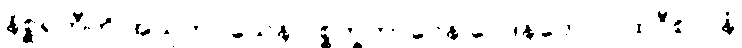
နိစ္ဆရတီတိ အသုဘဝသေန ပစ္စက္ခဘာဝေန ဝေဒနတော ပထဝီစလနံ